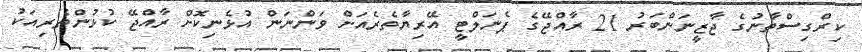
ކިރްގިސްތާނުގެ ޖާޒީނަންބަރު 21 ރާއްޖޭގެ ޕެނަލްޓީ އޭރިޔާތެރެއަށް ވަންނަން އުޅެނިކޮށް ރާއްޖޭ ކުޅުންތެރިއަކު